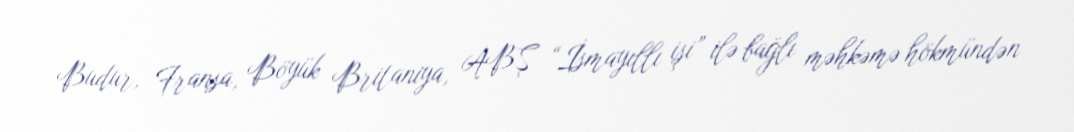
Budur, Fransa, Böyük Britaniya, ABŞ “İsmayıllı işi” ilə bağlı məhkəmə hökmündən